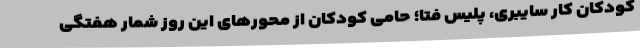
کودکان کار سایبری، پلیس فتا؛ حامی کودکان از محورهای این روز شمار هفتگی